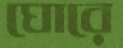
ঘোরে